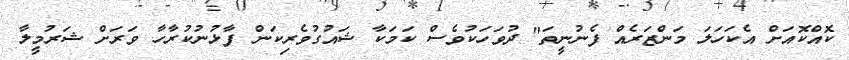
ކޮއްކޮއަށް އެކަހަލަ މަންޒަރެއް ފެނުނީތަ" ދުވަހަކުވެސް ކަމަކާ ޝައުގުވެރިކަން ފާޅުނުކުރާހާ ވަރަށް ޝަރުމީލާ